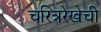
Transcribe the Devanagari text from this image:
चरित्ररेखेची